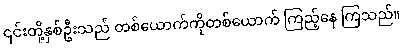
၎င်းတို့နှစ်ဦးသည် တစ်ယောက်ကိုတစ်ယောက် ကြည့်နေ ကြသည်။